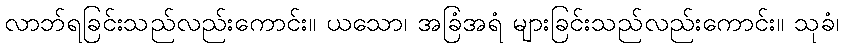
လာဘ်ရခြင်းသည်လည်းကောင်း။ ယသော၊ အခြံအရံ များခြင်းသည်လည်းကောင်း။ သုခံ၊